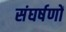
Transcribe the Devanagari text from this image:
संघर्षणों